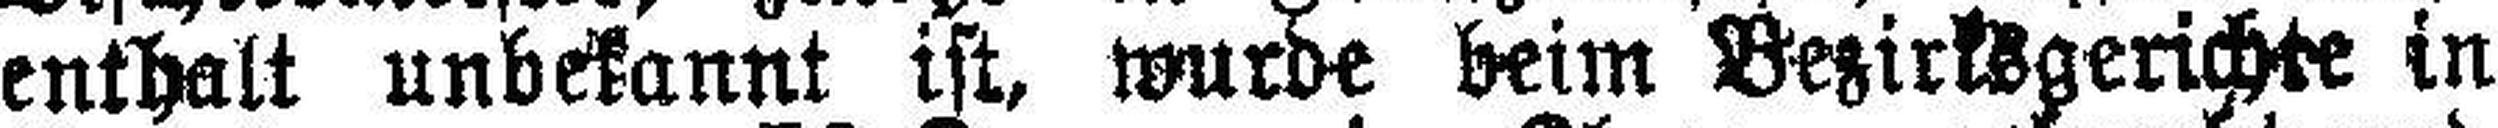
enthalt unbekannt ist, wurde beim Bezirksgerichte in